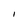
Character: l